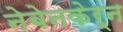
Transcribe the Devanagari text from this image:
नेबेनकेर्न